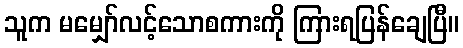
သူက မမျှော်လင့်သောစကားကို ကြားရပြန်ချေပြီ။